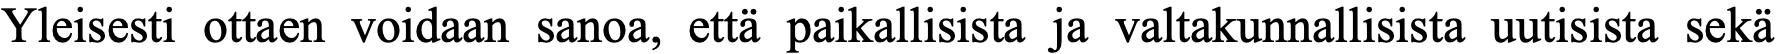
Yleisesti ottaen voidaan sanoa, että paikallisista ja valtakunnallisista uutisista sekä